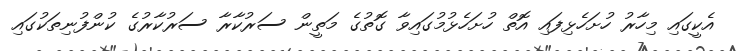
އެކީގައި މިހާރު ހުށަހެޅިފައި އޮތް ހުށަހެޅުމުގައިވާ ގޮތުގެ މަތީން ސަރުކާރާ ސަރުކާރުގެ ކުންފުނިތަކުގައި